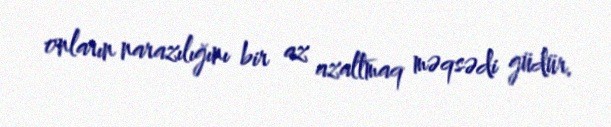
onların narazılığını bir az azaltmaq məqsədi güdür.